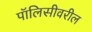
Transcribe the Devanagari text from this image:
पॉलिसीवरील